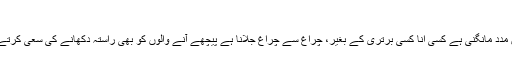
ﷺ10 مارچ 2012اسلام آبادپاکستان
محمودالحقبدھ, مئی 21, 2014اللہ سے ہر حال میں مدد مانگنی ہے کسی انّا کسی برتری کے بغیر، چراغ سے چراغ جلانا ہے پیچھے آنے والوں کو بھی راستہ دکھانے کی سعی کرتے رہنا ہے اور اپنے چراغ کو بھی روشن رکھنا ہے۔